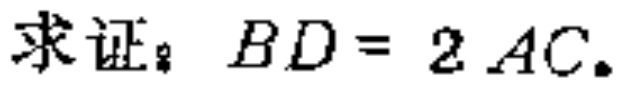
求证：\(BD = 2AC\)。